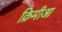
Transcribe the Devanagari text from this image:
क्रिमीआ